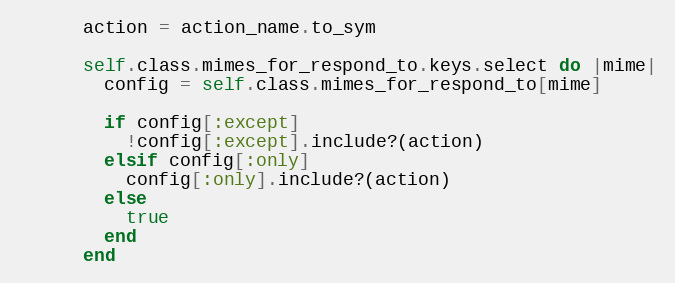
Language: Ruby
      action = action_name.to_sym

      self.class.mimes_for_respond_to.keys.select do |mime|
        config = self.class.mimes_for_respond_to[mime]

        if config[:except]
          !config[:except].include?(action)
        elsif config[:only]
          config[:only].include?(action)
        else
          true
        end
      end